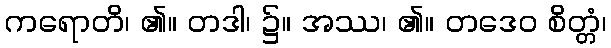
ကရောတိ၊ ၏။ တဒါ၊ ၌။ အဿ၊ ၏။ တဒေဝ စိတ္တံ၊